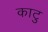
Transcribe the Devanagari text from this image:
काटु